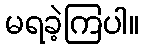
မရခဲ့ကြပါ။